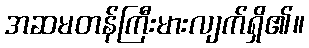
အဆမတန်ကြီးမားလျက်ရှိ၏။